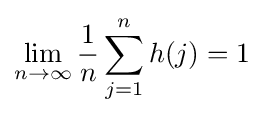
\lim _{n\to \infty }{\frac {1}{n}}\sum _{j=1}^{n}h(j)=1